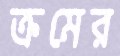
ক্রমের